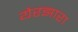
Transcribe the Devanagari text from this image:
येरझारा